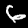
Digit: 6